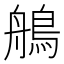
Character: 鵃